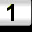
Digit: 1